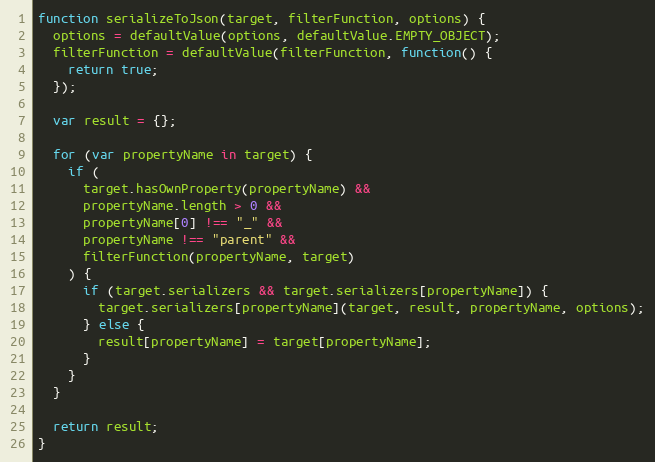
Language: JavaScript
function serializeToJson(target, filterFunction, options) {
  options = defaultValue(options, defaultValue.EMPTY_OBJECT);
  filterFunction = defaultValue(filterFunction, function() {
    return true;
  });

  var result = {};

  for (var propertyName in target) {
    if (
      target.hasOwnProperty(propertyName) &&
      propertyName.length > 0 &&
      propertyName[0] !== "_" &&
      propertyName !== "parent" &&
      filterFunction(propertyName, target)
    ) {
      if (target.serializers && target.serializers[propertyName]) {
        target.serializers[propertyName](target, result, propertyName, options);
      } else {
        result[propertyName] = target[propertyName];
      }
    }
  }

  return result;
}